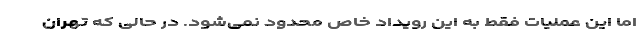
اما این عملیات فقط به این رویداد خاص محدود نمی‌شود. در حالی که تهران